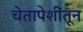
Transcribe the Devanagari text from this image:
चेतापेशींतून